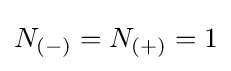
N_{(-)}=N_{(+)}=1